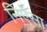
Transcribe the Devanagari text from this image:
निऐसा